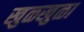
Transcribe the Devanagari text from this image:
खुळखुळा